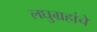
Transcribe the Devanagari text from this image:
लघुग्रहांचे